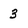
Character: 3